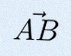
\vec{AB}